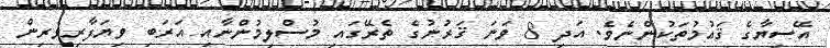
އޭސިޔާގެ ޤައުމުތަކުންނެވެ. އަދި 8 ވަނަ ޤަރުނުގެ ތެރޭގައި މުސްލިމުންނާއި އަރަބި ވިޔަފާރިވެރިން